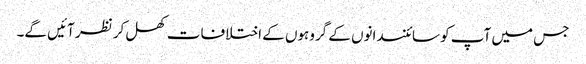
جس میں آپ کو سائنسدانوں کے گروہوں کے اختلافات کھل کر نظر آئیں گے۔